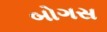
બોગસ